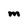
Character: M